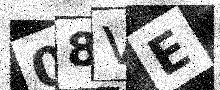
Text: 08VE